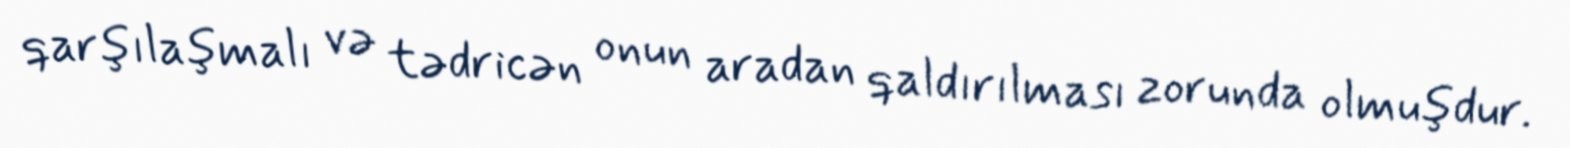
qarşılaşmalı və tədricən onun aradan qaldırılması zorunda olmuşdur.